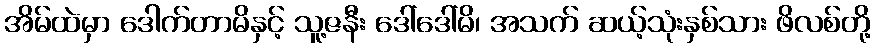
အိမ်ထဲမှာ ဒေါက်တာမိနှင့် သူ့ဇနီး ဒေါ်ဒေါ်မိ၊ အသက် ဆယ့်သုံးနှစ်သား ဖိလစ်တို့